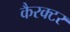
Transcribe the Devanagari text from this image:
कैरक्टर